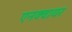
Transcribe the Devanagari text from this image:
एनक्वायर